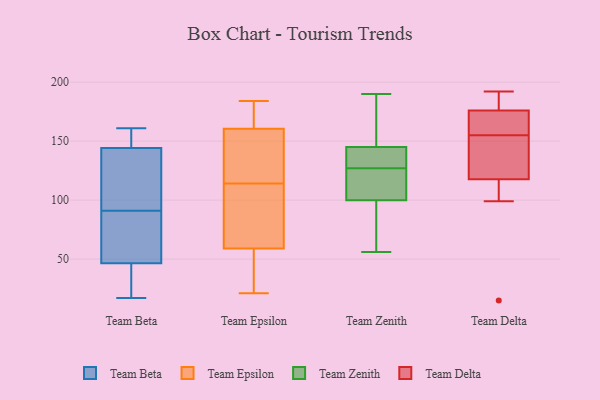
{"axis": {"x": "Page Views", "y": "Value"}, "legend": ["Team Beta", "Team Delta", "Team Epsilon", "Team Zenith"], "data": [{"x": "", "y": 27, "type": "Team Beta"}, {"x": "", "y": 48, "type": "Team Beta"}, {"x": "", "y": 24, "type": "Team Beta"}, {"x": "", "y": 91, "type": "Team Beta"}, {"x": "", "y": 161, "type": "Team Beta"}, {"x": "", "y": 60, "type": "Team Beta"}, {"x": "", "y": 17, "type": "Team Beta"}, {"x": "", "y": 61, "type": "Team Beta"}, {"x": "", "y": 143, "type": "Team Beta"}, {"x": "", "y": 78, "type": "Team Beta"}, {"x": "", "y": 156, "type": "Team Beta"}, {"x": "", "y": 42, "type": "Team Beta"}, {"x": "", "y": 155, "type": "Team Beta"}, {"x": "", "y": 116, "type": "Team Beta"}, {"x": "", "y": 117, "type": "Team Beta"}, {"x": "", "y": 122, "type": "Team Beta"}, {"x": "", "y": 148, "type": "Team Beta"}, {"x": "", "y": 179, "type": "Team Epsilon"}, {"x": "", "y": 117, "type": "Team Epsilon"}, {"x": "", "y": 173, "type": "Team Epsilon"}, {"x": "", "y": 21, "type": "Team Epsilon"}, {"x": "", "y": 102, "type": "Team Epsilon"}, {"x": "", "y": 147, "type": "Team Epsilon"}, {"x": "", "y": 120, "type": "Team Epsilon"}, {"x": "", "y": 148, "type": "Team Epsilon"}, {"x": "", "y": 100, "type": "Team Epsilon"}, {"x": "", "y": 75, "type": "Team Epsilon"}, {"x": "", "y": 40, "type": "Team Epsilon"}, {"x": "", "y": 180, "type": "Team Epsilon"}, {"x": "", "y": 106, "type": "Team Epsilon"}, {"x": "", "y": 118, "type": "Team Epsilon"}, {"x": "", "y": 27, "type": "Team Epsilon"}, {"x": "", "y": 184, "type": "Team Epsilon"}, {"x": "", "y": 111, "type": "Team Epsilon"}, {"x": "", "y": 43, "type": "Team Epsilon"}, {"x": "", "y": 29, "type": "Team Epsilon"}, {"x": "", "y": 179, "type": "Team Epsilon"}, {"x": "", "y": 93, "type": "Team Zenith"}, {"x": "", "y": 149, "type": "Team Zenith"}, {"x": "", "y": 167, "type": "Team Zenith"}, {"x": "", "y": 56, "type": "Team Zenith"}, {"x": "", "y": 121, "type": "Team Zenith"}, {"x": "", "y": 107, "type": "Team Zenith"}, {"x": "", "y": 131, "type": "Team Zenith"}, {"x": "", "y": 129, "type": "Team Zenith"}, {"x": "", "y": 69, "type": "Team Zenith"}, {"x": "", "y": 141, "type": "Team Zenith"}, {"x": "", "y": 125, "type": "Team Zenith"}, {"x": "", "y": 190, "type": "Team Zenith"}, {"x": "", "y": 115, "type": "Team Delta"}, {"x": "", "y": 114, "type": "Team Delta"}, {"x": "", "y": 155, "type": "Team Delta"}, {"x": "", "y": 151, "type": "Team Delta"}, {"x": "", "y": 191, "type": "Team Delta"}, {"x": "", "y": 156, "type": "Team Delta"}, {"x": "", "y": 187, "type": "Team Delta"}, {"x": "", "y": 158, "type": "Team Delta"}, {"x": "", "y": 15, "type": "Team Delta"}, {"x": "", "y": 152, "type": "Team Delta"}, {"x": "", "y": 126, "type": "Team Delta"}, {"x": "", "y": 99, "type": "Team Delta"}, {"x": "", "y": 164, "type": "Team Delta"}, {"x": "", "y": 180, "type": "Team Delta"}, {"x": "", "y": 192, "type": "Team Delta"}, {"x": "", "y": 162, "type": "Team Delta"}, {"x": "", "y": 180, "type": "Team Delta"}, {"x": "", "y": 101, "type": "Team Delta"}, {"x": "", "y": 151, "type": "Team Delta"}]}